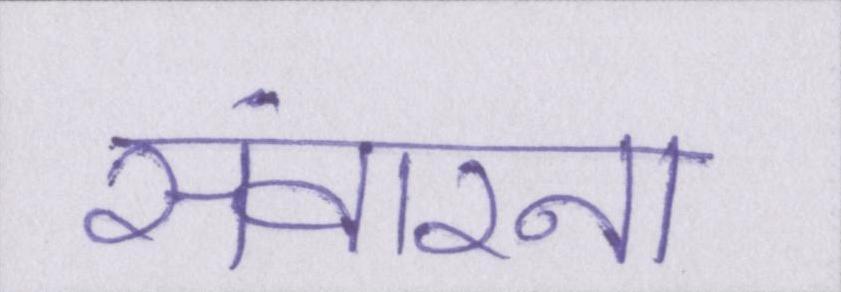
संवारना